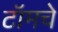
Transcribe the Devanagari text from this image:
टॉमचे